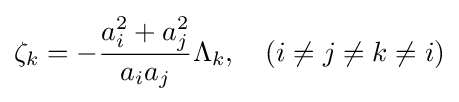
\zeta _{k}=-{\frac {a_{i}^{2}+a_{j}^{2}}{a_{i}a_{j}}}\Lambda _{k},\quad (i\neq j\neq k\neq i)